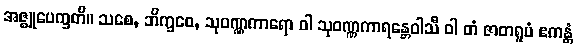
အဇ္ဈုပေက္ခတိ။ သစေ, ဘိက္ခဝေ, သုဝဏ္ဏကာရော ဝါ သုဝဏ္ဏကာရန္တေဝါသီ ဝါ တံ ဇာတရူပံ ဧကန္တံ